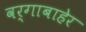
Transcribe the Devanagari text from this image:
वर्गाबाहेर